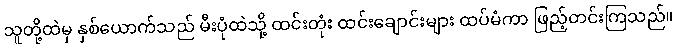
သူတို့ထဲမှ နှစ်ယောက်သည် မီးပုံထဲသို့ ထင်းတုံး ထင်းချောင်းများ ထပ်မံကာ ဖြည့်တင်းကြသည်။